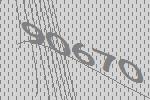
90670